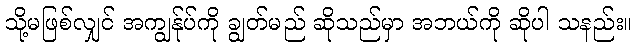
သို့မဖြစ်လျှင် အကျွန်ုပ်ကို ချွတ်မည် ဆိုသည်မှာ အဘယ်ကို ဆိုပါ သနည်း။